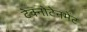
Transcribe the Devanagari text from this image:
टेक्नोटेनमेंट